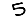
Digit: 5